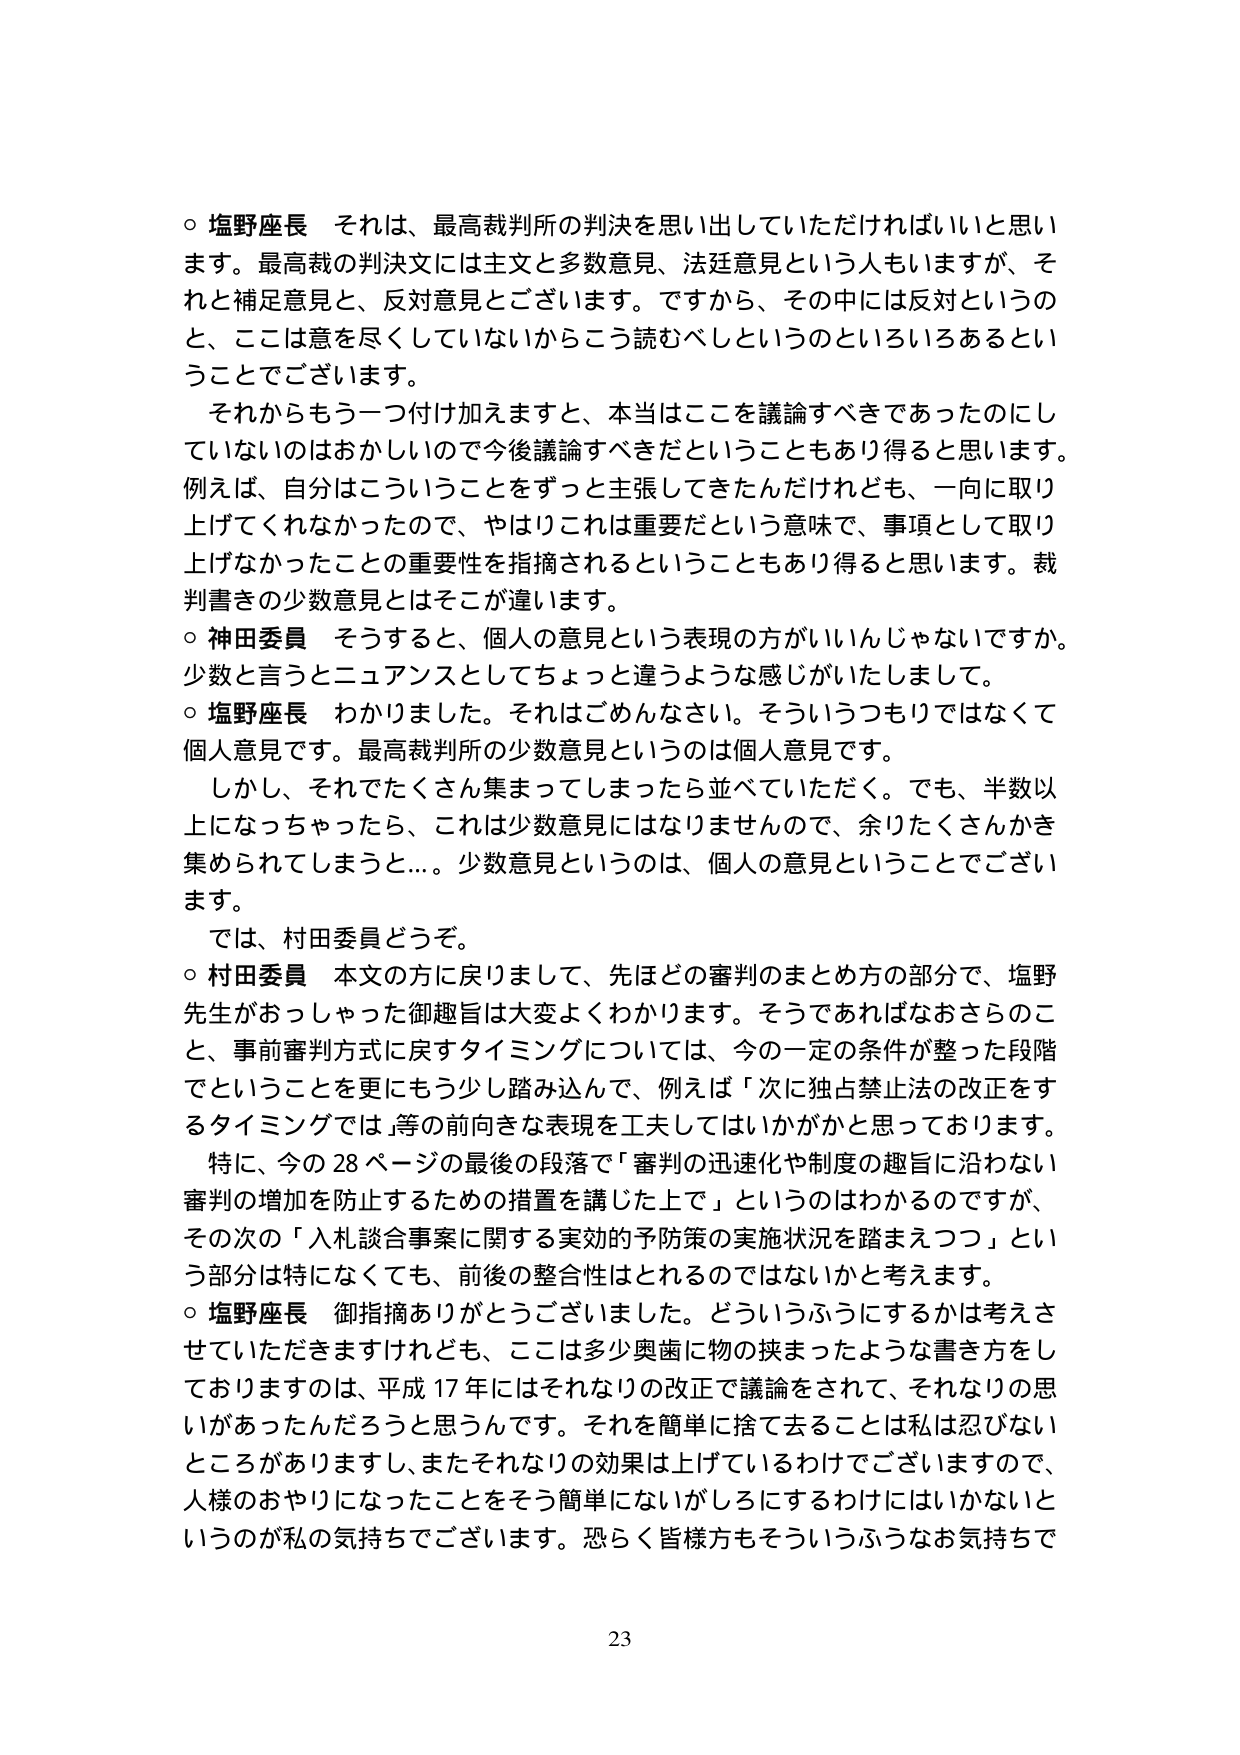
○ 塩野座長 それは、最高裁判所の判決を思い出していただければいいと思います。最高裁の判決文には主文と多数意見、法廷意見という人もいますが、それと補足意見と、反対意見とございます。ですから、その中には反対というのと、ここは意を尽くしていないからこう読むべしというのといろいろあるということでございます。

それからもう一つ付け加えますと、本当はここを議論すべきであったのにしていないのはおかしいので今後議論すべきだということもあり得ると思います。例えば、自分はこういうことをずっと主張してきたんだけれども、一向に取り上げてくれなかったので、やはりこれは重要だという意味で、事項として取り上げなかったことの重要性を指摘されるということもあり得ると思います。裁判書きの少数意見とはそこが違います。

○ 神田委員 そうすると、個人の意見という表現の方がいいんじゃないですか。少数と言うとニュアンスとしてちょっと違うような感じがいたしまして。

○ 塩野座長 わかりました。それはごめんなさい。そういうつもりではなくて個人意見です。最高裁判所の少数意見というのは個人意見です。

しかし、それでたくさん集まってしまったら並べていただく。でも、半数以上になっちゃったら、これは少数意見にはなりませんので、余りたくさんかき集められてしまうと…。少数意見というのは、個人の意見ということでございます。

では、村田委員どうぞ。

○ 村田委員 本文の方に戻りまして、先ほどの審判のまとめ方の部分で、塩野先生がおっしゃった御趣旨は大変よくわかります。そうであればなおさらのこと、事前審判方式に戻すタイミングについては、今の一定の条件が整った段階でということを更にもう少し踏み込んで、例えば「次に独占禁止法の改正をするタイミングでは」等の前向きな表現を工夫してはいかがかと思っております。

特に、今の28ページの最後の段落で「審判の迅速化や制度の趣旨に沿わない審判の増加を防止するための措置を講じた上で」というのはわかるのですが、その次の「入札談合事案に関する実効的予防策の実施状況を踏まえつつ」という部分は特になくても、前後の整合性はとれるのではないかと考えます。

○ 塩野座長 御指摘ありがとうございました。どういうふうにするかは考えさせていただきますけれども、ここは多少奥歯に物の挟まったような書き方をしておりますのは、平成17年にはそれなりの改正で議論をされて、それなりの思いがあったんだろうと思うんです。それを簡単に捨て去ることは私は忍びないところがありますし、またそれなりの効果は上げているわけでございますので、人様のおやりになったことをそう簡単にないがしろにするわけにはいかないというのが私の気持ちでございます。恐らく皆様方もそういうふうなお気持ちで

23